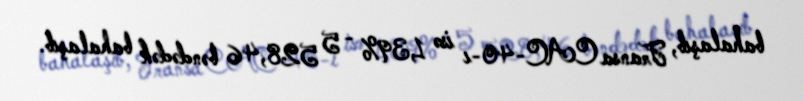
bahalaşıb, Fransa CAC-40-ı isə 1,39% - 5 528,46 bəndədək bahalaşıb.